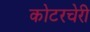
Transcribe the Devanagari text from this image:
कोटरचेरी